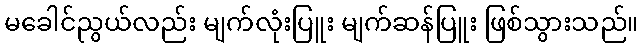
မခေါင်ညွယ်လည်း မျက်လုံးပြူး မျက်ဆန်ပြူး ဖြစ်သွားသည်။